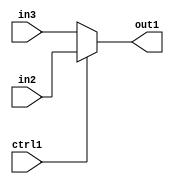
`timescale 1ps / 1ps
/*****************************************************************************
    Verilog RTL Description
    
    
    Created by: Stratus DpOpt 2019.1.01 
*******************************************************************************/

module GaussianFilter_N_Muxb_1_2_0_1 (
	in3,
	in2,
	ctrl1,
	out1
	); /* architecture "behavioural" */ 
input  in3,
	in2,
	ctrl1;
output  out1;
wire  asc001;

reg [0:0] asc001_tmp_0;
assign asc001 = asc001_tmp_0;
always @ (ctrl1 or in2 or in3) begin
	case (ctrl1)
		1'B1 : asc001_tmp_0 = in2 ;
		default : asc001_tmp_0 = in3 ;
	endcase
end

assign out1 = asc001;
endmodule

/* CADENCE  uLHzTgg= : u9/ySgnWtBlWxVPRXgAZ4Og= ** DO NOT EDIT THIS LINE ******/